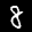
Label: 8